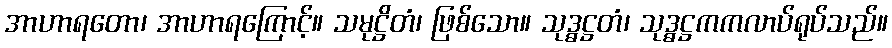
အာဟာရတော၊ အာဟာရကြောင့်။ သမုဋ္ဌိတံ၊ ဖြစ်သော။ သုဒ္ဓဋ္ဌတံ၊ သုဒ္ဓဋ္ဌကကလာပ်ရုပ်သည်။